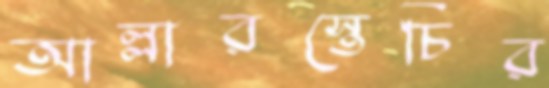
আল্লারস্তেচির